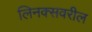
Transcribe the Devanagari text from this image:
लिनक्सवरील